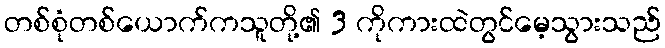
တစ်စုံတစ်ယောက်ကသူတို့၏ 3 ကိုကားထဲတွင်မေ့သွားသည်